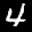
Label: 4